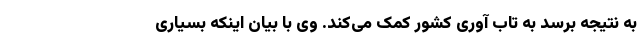
به نتیجه برسد به تاب آوری کشور کمک می‌کند. وی با بیان اینکه بسیاری